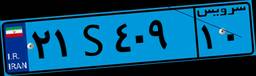
۶۲S۲۷۸۹۴